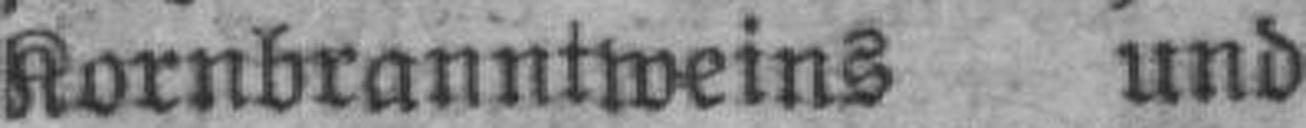
Kornbranntweins und